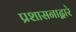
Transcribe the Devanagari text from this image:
प्रशासनाद्वारे